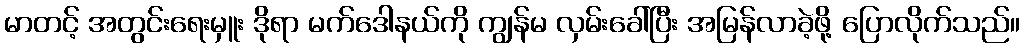
မာတင့် အတွင်းရေးမှူး ဒိုရာ မက်ဒေါနယ်ကို ကျွန်မ လှမ်းခေါ်ပြီး အမြန်လာခဲ့ဖို့ ပြောလိုက်သည်။